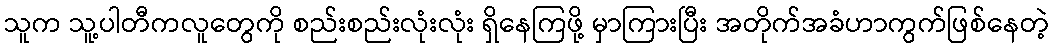
သူက သူ့ပါတီကလူတွေကို စည်းစည်းလုံးလုံး ရှိနေကြဖို့ မှာကြားပြီး အတိုက်အခံဟာကွက်ဖြစ်နေတဲ့